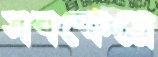
সবক্ষেত্রে